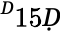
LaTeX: ^Ḋ15Ḍ